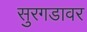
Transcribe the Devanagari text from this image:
सुरगडावर